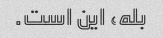
بله، این است.